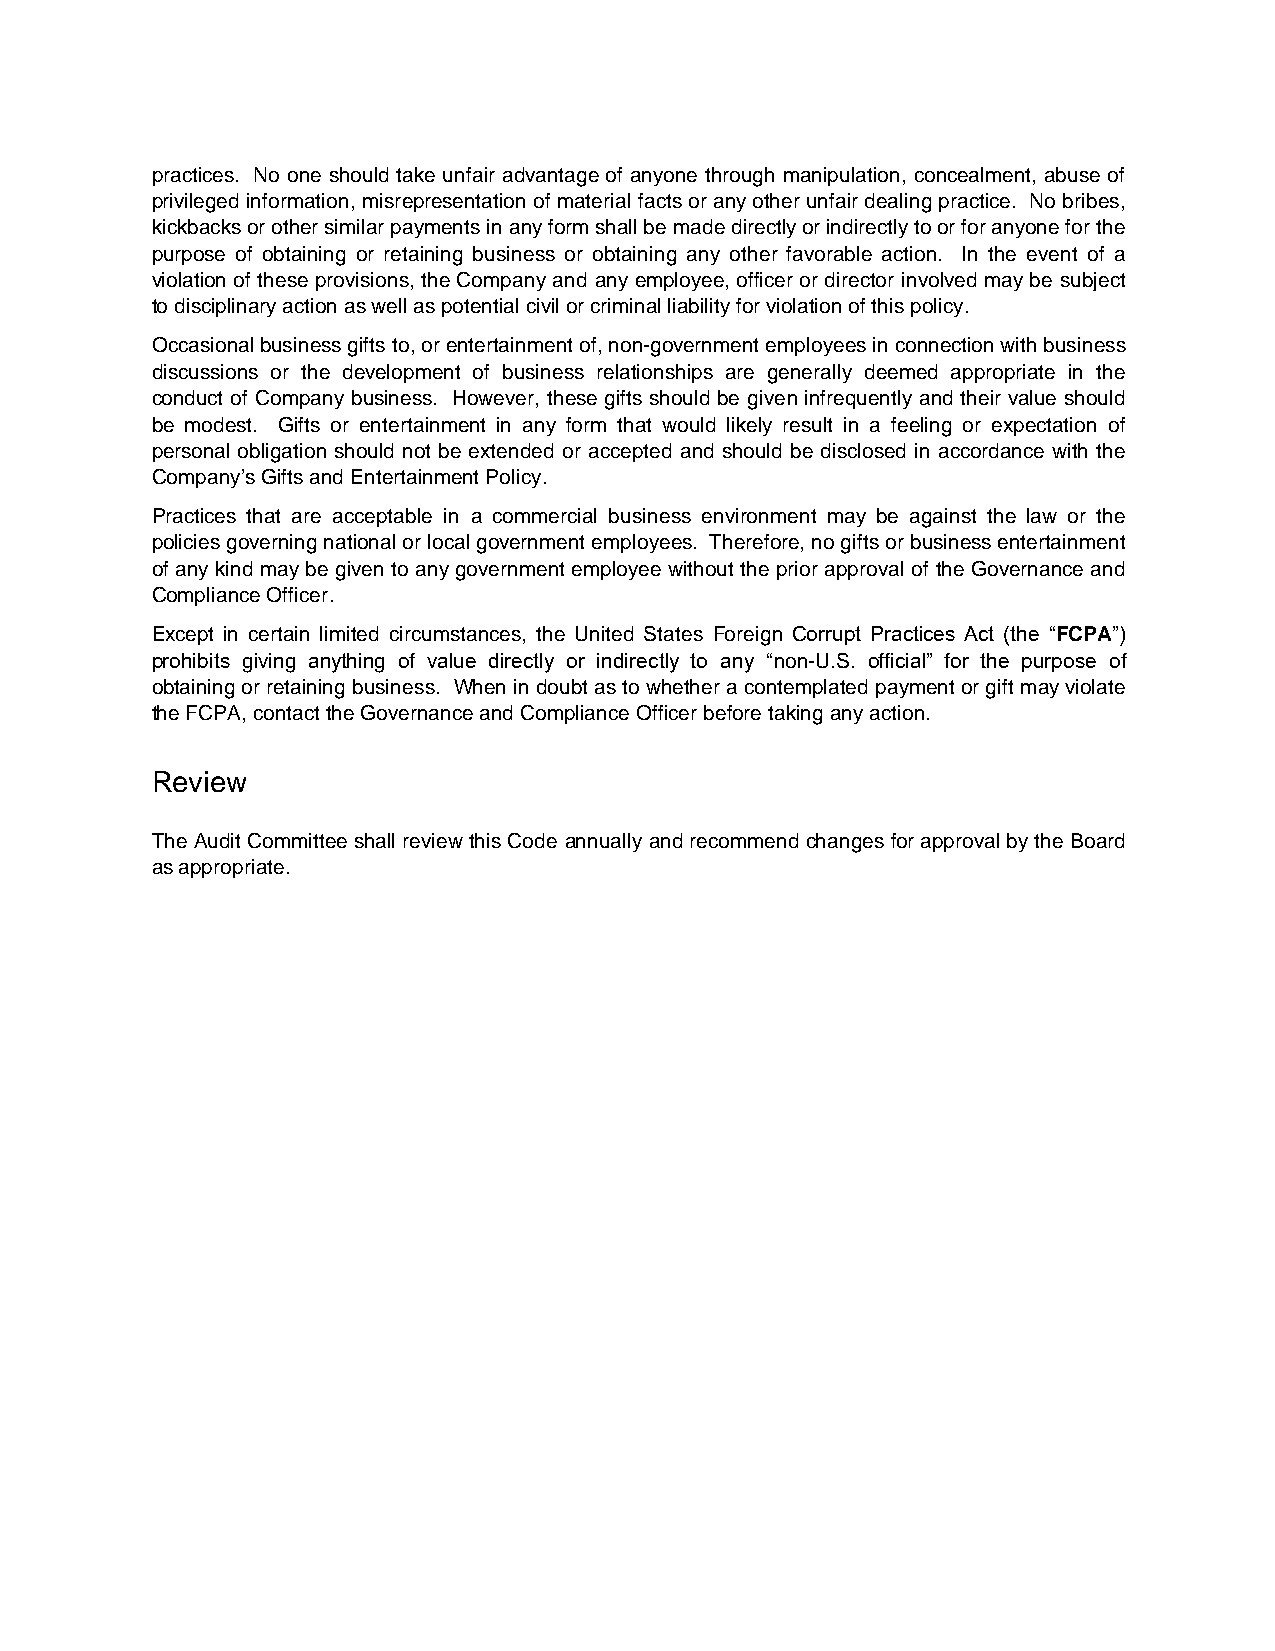
practices. No one should take unfair advantage of anyone through manipulation, concealment, abuse of
 privileged information, misrepresentation of material facts or any other unfair dealing practice. No bribes,
 kickbacks or other similar payments in any form shall be made directly or indirectly to or for anyone for the
 purpose of obtaining or retaining business or obtaining any other favorable action. In the event of a
 violation of these provisions, the Company and any employee, officer or director involved may be subject
 to disciplinary action as well as potential civil or criminal liability for violation of this policy.
 Occasional business gifts to, or entertainment of, non-government employees in connection with business
 discussions or the development of business relationships are generally deemed appropriate in the
 conduct of Company business. However, these gifts should be given infrequently and their value should
 be modest. Gifts or entertainment in any form that would likely result in a feeling or expectation of
 personal obligation should not be extended or accepted and should be disclosed in accordance with the
 Company’s Gifts and Entertainment Policy.
 Practices that are acceptable in a commercial business environment may be against the law or the
 policies governing national or local government employees. Therefore, no gifts or business entertainment
 of any kind may be given to any government employee without the prior approval of the Governance and
 Compliance Officer.
 Except in certain limited circumstances, the United States Foreign Corrupt Practices Act (the “FCPA”)
 prohibits giving anything of value directly or indirectly to any “non-U.S. official” for the purpose of
 obtaining or retaining business. When in doubt as to whether a contemplated payment or gift may violate
 the FCPA, contact the Governance and Compliance Officer before taking any action.
 Review
 The Audit Committee shall review this Code annually and recommend changes for approval by the Board
 as appropriate.